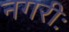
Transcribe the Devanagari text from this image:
नगरीः